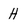
Character: H